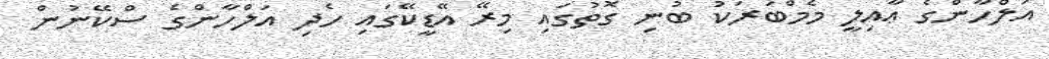
އަލްހާންގެ ޢާއިލީ މެމްބަރަކު ބުނި ގޮތުގައި މިރޭ އޭޑީކޭގައި ހެދި އަލްހާންގެ ސްކޭނުން